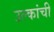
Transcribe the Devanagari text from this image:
उल्कांची